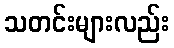
သတင်းများလည်း